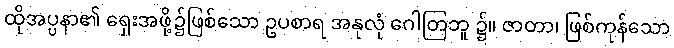
ထိုအပ္ပနာ၏ ရှေးအဖို့၌ဖြစ်သော ဥပစာရ အနုလုံ ဂေါတြဘူ ၌။ ဇာတာ၊ ဖြစ်ကုန်သော